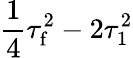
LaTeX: \frac{1}{4}\tau_{\mathrm{f}}^{2}-2\tau_{1}^{2}